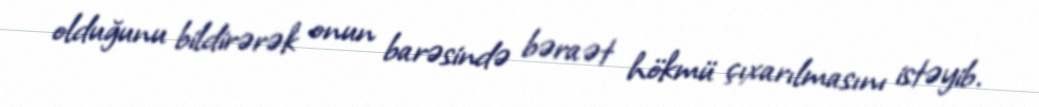
olduğunu bildirərək onun barəsində bəraət hökmü çıxarılmasını istəyib.